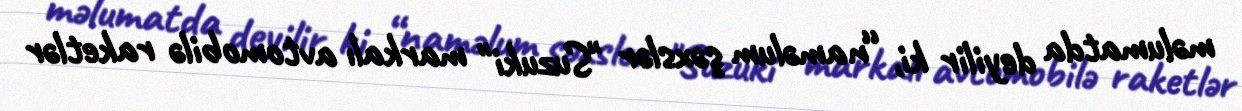
məlumatda deyilir ki, “naməlum şəxslər "Suzuki" markalı avtomobilə raketlər